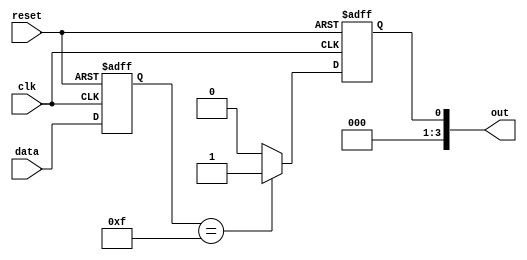
module negative_edge_sensitive_block (
    input wire clk,        // Clock signal
    input wire reset,      // Reset signal
    input wire [3:0] data, // Input data
    output reg [3:0] out   // Output data
);

    // State variable
    reg [3:0] state;

    // Initial block for initialization
    initial begin
        state = 4'b0000; // Initial state
        out = 4'b0000;   // Initial output
    end

    // Always block sensitive to the negative edge of clk
    always @(negedge clk or posedge reset) begin
        if (reset) begin
            // Reset condition
            state <= 4'b0000; // Reset state
            out <= 4'b0000;   // Reset output
        end else begin
            // Update state based on input data
            state <= data;

            // Conditional logic to generate output
            if (state == 4'b1111) begin
                out <= 4'b0001; // Example output when state is 1111
            end else begin
                out <= 4'b0000; // Default output
            end
        end
    end

endmodule